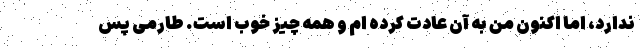
ندارد، اما اکنون من به آن عادت کرده ام و همه چیز خوب است. طارمی پس